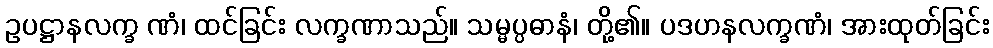
ဥပဋ္ဌာနလက္ခ ဏံ၊ ထင်ခြင်း လက္ခဏာသည်။ သမ္မပ္ပဓာနံ၊ တို့၏။ ပဒဟနလက္ခဏံ၊ အားထုတ်ခြင်း